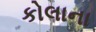
કોલાના